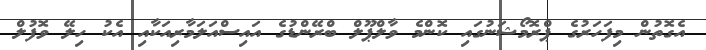
އެގޮތުން މިފަހަރުގެ ޕްރޮމޯޝަނުގައި ކޮންމެ ވާލްޕޫލް ބްރޭންޑުގެ އައިސްއަލަމާރިއަކާއި އެކު ހިލޭ ވޮފުލް